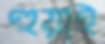
হুয়াই